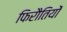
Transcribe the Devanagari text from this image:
फिरौतियों